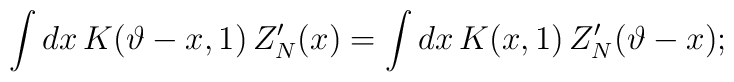
\int dx\, K(\vartheta -x,1)\, Z_{N}'(x)=\int dx\, K(x,1)\, Z_{N}'(\vartheta -x);